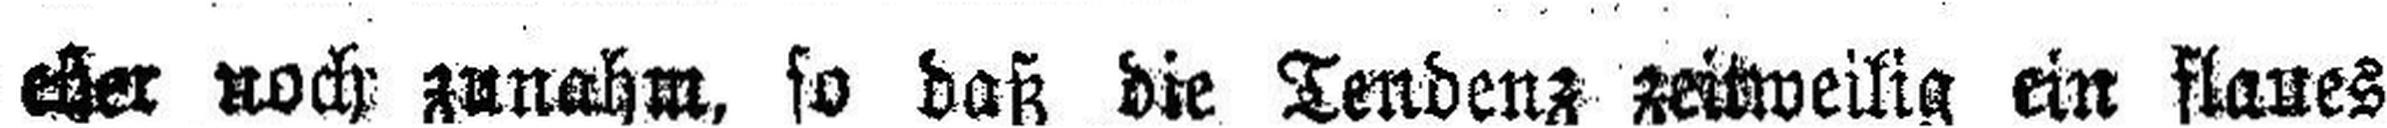
eher noch zunahm, so daß die Tendenz zeitweilig ein flaues